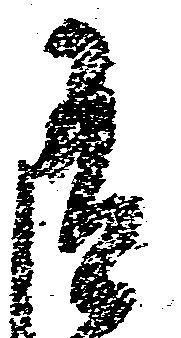
有